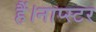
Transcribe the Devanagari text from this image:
हैं।नाप्स्टर